Punjab Mental Hospital Lahore 1932-46 - 1932-1946
Year: 1932
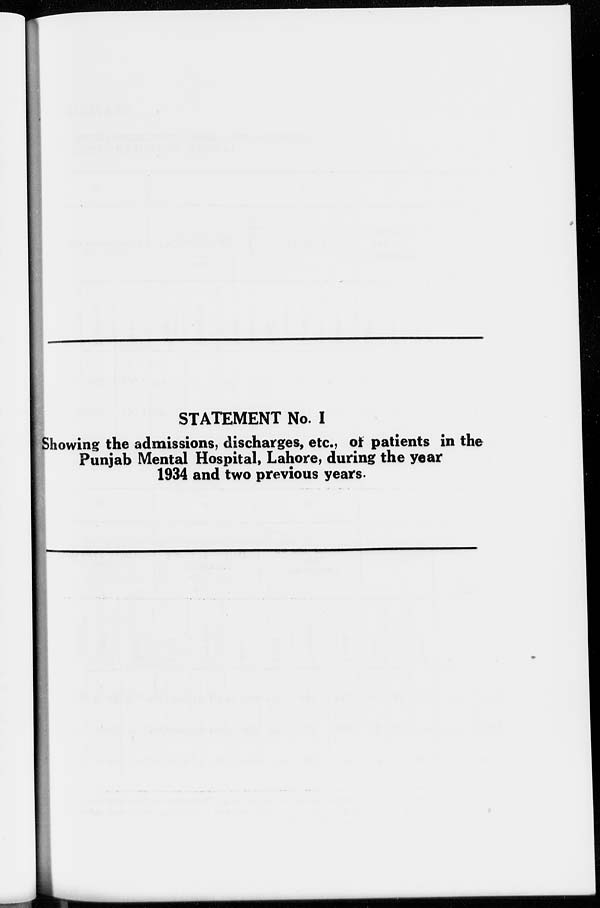
STATEMENT No. I
Showing the admissions, discharges, etc., of patients in the
Punjab Mental Hospital, Lahore, during the year
1934 and two previous years.